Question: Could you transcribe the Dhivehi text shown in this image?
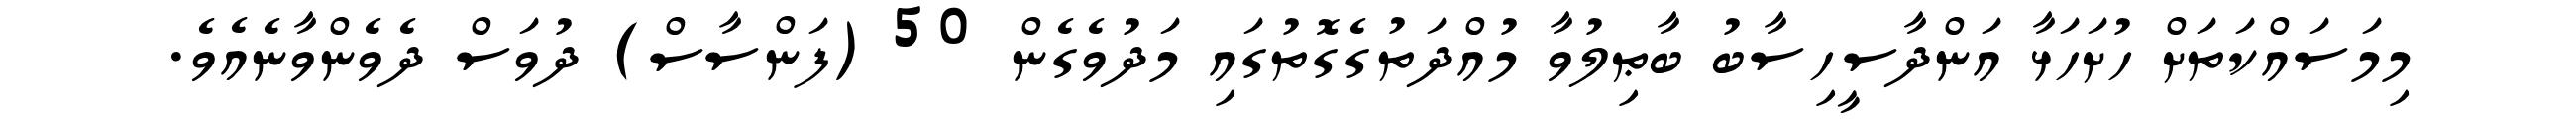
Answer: މިމަސައްކަތަށް ހުށަހަޅާ އަންދާސީހިސާބު ބާޠިލުވާ މުއްދަތުގެގޮތުގައި މަދުވެގެން 50 (ފަންސާސް) ދުވަސް ދެވެންވާނެއެވެ.